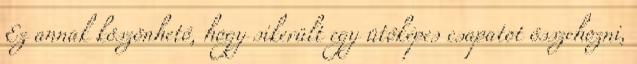
Ez annak köszönhetô, hogy sikerült egy ütôképes csapatot összehozni,